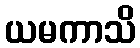
ယမကာသိ